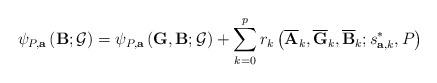
LaTeX: \begin{align*}\psi _{P,\mathbf{a}}\left( \mathbf{B};\mathcal{G}\right) =\psi _{P,\mathbf{a}}\left( \mathbf{G},\mathbf{B};\mathcal{G}\right) +\sum_{k=0}^{p}r_{k}\left( \overline{\mathbf{A}}_{k},\overline{\mathbf{G}}_{k},\overline{\mathbf{B}}_{k};s_{\mathbf{a,}k}^{\ast },P\right) \end{align*}